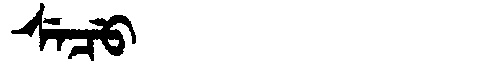
Manchu: ᠰᡝᠴᡠ
Romanization: SECU